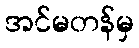
အင်မတန်မှ